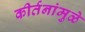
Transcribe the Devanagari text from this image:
कीर्तनांमुळे